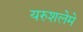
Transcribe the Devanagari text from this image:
यरुशलेमे